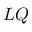
L Q